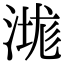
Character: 㴳